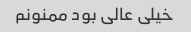
خیلی عالی بود ‌ممنونم